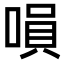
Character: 𠹚